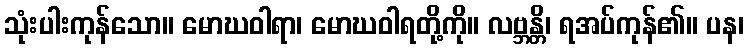
သုံးပါးကုန်သော။ မောဃဝါရာ၊ မောဃဝါရတို့ကို။ လဗ္ဘန္တိ၊ ရအပ်ကုန်၏။ ပန၊